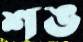
শঙ